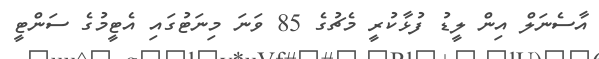
އާސެނަލް އިން ލީޑު ފުޅާކުރީ މެޗުގެ 85 ވަނަ މިނަޓުގައި އެޓީމުގެ ސަންޓީ